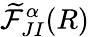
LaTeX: \widetilde{\mathcal{F}}_{JI}^{\alpha}(R)